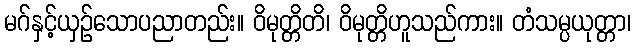
မဂ်နှင့်ယှဉ်သောပညာတည်း။ ဝိမုတ္တိတိ၊ ဝိမုတ္တိဟူသည်ကား။ တံသမ္ပယုတ္တာ၊